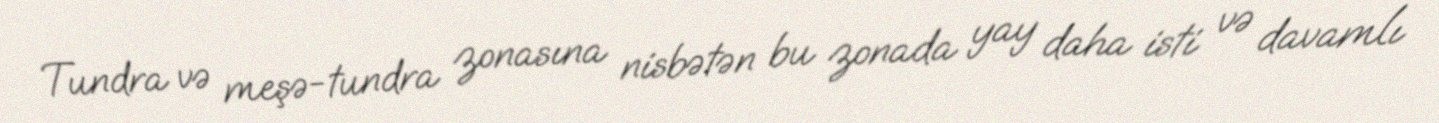
Tundra və meşə-tundra zonasına nisbətən bu zonada yay daha isti və davamlı